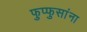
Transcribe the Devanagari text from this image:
फुप्फुसांना